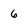
Character: 6